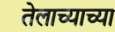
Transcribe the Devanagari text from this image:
तेलाच्याच्या